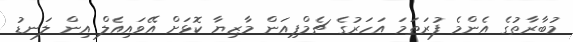
މުބާރާތުގެ އެންމެ ފުރަތަމަ އަހަރުގެ ޗެމްޕިއަން މާޒިޔާ ކޮޅަށް އޭވައިއެލް އިން ލަނޑު